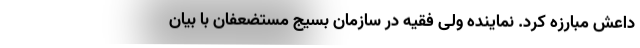
داعش مبارزه کرد. نماینده ولی فقیه در سازمان بسیج مستضعفان با بیان